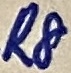
Text: R8